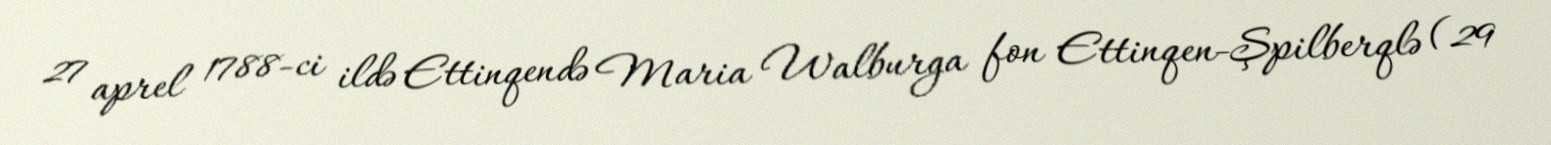
27 aprel 1788-ci ildə Ettinqendə Maria Walburga fon Ettinqen-Şpilberqlə (29